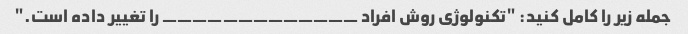
جمله زیر را کامل کنید: "تکنولوژی روش افراد _____________ را تغییر داده است."